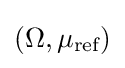
(\Omega ,\mu _{\text{ref}})